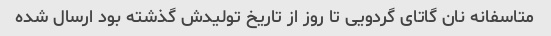
متاسفانه نان گاتای گردویی تا روز از تاریخ تولیدش گذشته بود ارسال شده